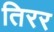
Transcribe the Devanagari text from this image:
तिरर